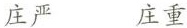
庄严 庄重